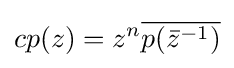
cp(z)=z^{n}{\overline {p({\bar {z}}^{-1})}}